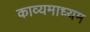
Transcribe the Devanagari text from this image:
काव्यमाध्यम